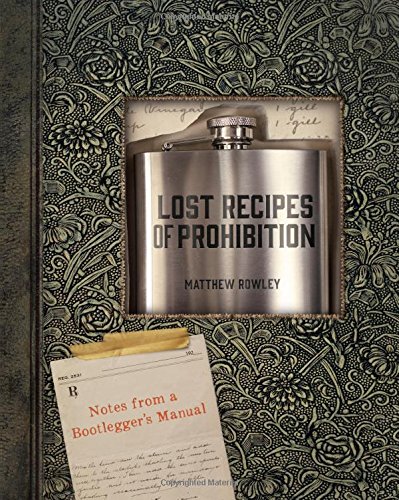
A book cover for Lost Recipes of Prohibition: Notes from a Bootlegger's Manual; Matthew Rowley; Cookbooks, Food & Wine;